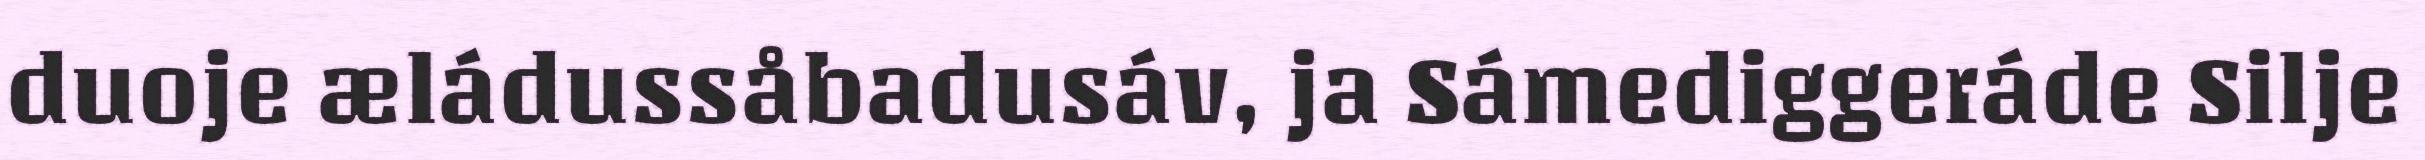
duoje æládussåbadusáv, ja Sámediggeráde Silje